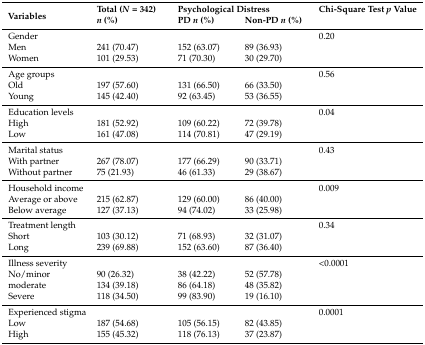
| <ROWSPAN=2> Variables | Total (N = 342) | <COLSPAN=2> Psychological Distress | Chi-Square Test p Value |
 | n (%) | PD n (%) | Non-PD n (%) |  |
 | --- | --- | --- | --- | --- |
 | <COLSPAN=4> Gender | 0.20 |
 | Men | 241 (70.47) | 152 (63.07) | 89 (36.93) |  |
 | Women | 101 (29.53) | 71 (70.30) | 30 (29.70) |  |
 | <COLSPAN=4> Age groups | 0.56 |
 | Old | 197 (57.60) | 131 (66.50) | 66 (33.50) |  |
 | Young | 145 (42.40) | 92 (63.45) | 53 (36.55) |  |
 | <COLSPAN=4> Education levels | 0.04 |
 | High | 181 (52.92) | 109 (60.22) | 72 (39.78) |  |
 | Low | 161 (47.08) | 114 (70.81) | 47 (29.19) |  |
 | <COLSPAN=4> Marital status | 0.43 |
 | With partner | 267 (78.07) | 177 (66.29) | 90 (33.71) |  |
 | Without partner | 75 (21.93) | 46 (61.33) | 29 (38.67) |  |
 | <COLSPAN=4> Household income | 0.009 |
 | Average or above | 215 (62.87) | 129 (60.00) | 86 (40.00) |  |
 | Below average | 127 (37.13) | 94 (74.02) | 33 (25.98) |  |
 | <COLSPAN=4> Treatment length | 0.34 |
 | Short | 103 (30.12) | 71 (68.93) | 32 (31.07) |  |
 | Long | 239 (69.88) | 152 (63.60) | 87 (36.40) |  |
 | <COLSPAN=4> Illness severity | <0.0001 |
 | No/minor | 90 (26.32) | 38 (42.22) | 52 (57.78) |  |
 | moderate | 134 (39.18) | 86 (64.18) | 48 (35.82) |  |
 | Severe | 118 (34.50) | 99 (83.90) | 19 (16.10) |  |
 | <COLSPAN=4> Experienced stigma | 0.0001 |
 | Low | 187 (54.68) | 105 (56.15) | 82 (43.85) |  |
 | High | 155 (45.32) | 118 (76.13) | 37 (23.87) |  |